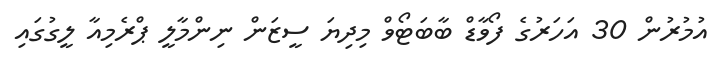
އުމުރުން 30 އަހަރުގެ ފޯވާޑް ބާބަޓޯވް މިދިޔަ ސީޒަން ނިންމާލީ ޕްރެމިއާ ލީގުގައި